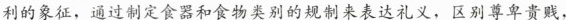
利的象征，通过制定食器和食物类别的规制来表达礼义，区别尊卑贵贱，